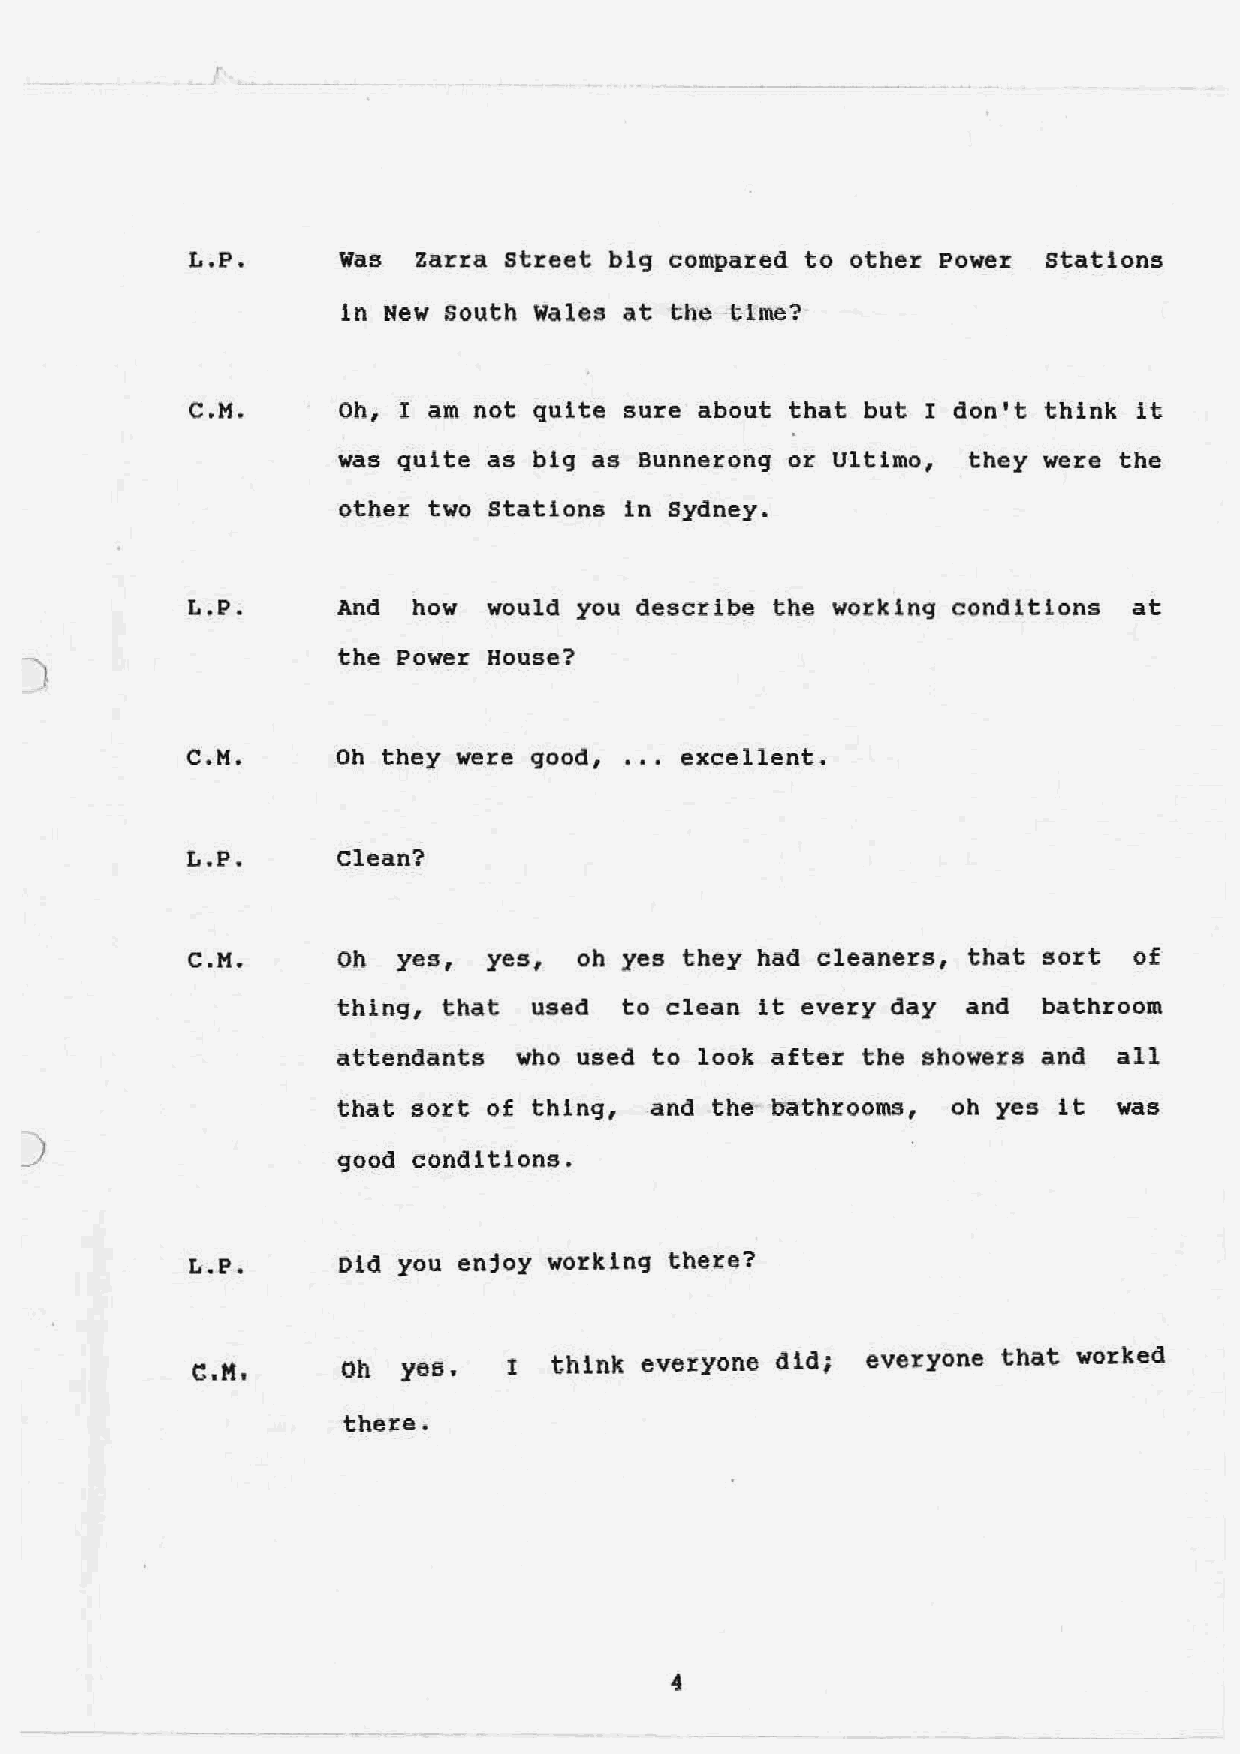
L.P.      Was  Zarra street big compared to other Power stations
 in New South Wales at the time?
 C.H.      Oh, I am not quite sure about that but I don't think it
 was quite as big as Bunnerong or Ultimo,  they were the
 other two Stations in Sydney.
 L.P.     And  how  would you describe the working conditions  at
 the Power House?
 C.H.      Oh they were good, ... excellent.
 L.P.      Clean?
 C.H.      Oh  yes,  yes,  oh yes they had cleaners, that sort  of
 thing, that  used  to clean it every day  and  bathroom
 attendants  who used to look after the showers and  all
 that sort of thing,  and the bathrooms,  oh yes it  was
 )
 good conditions.
 L.P.      Did you enjoy working there?
 C.M,      Oh  yea.   t  think everyone did; everyone that worked
 there.
 4